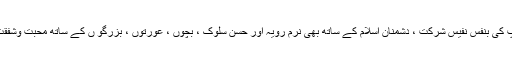
خصوصاً غزوات میں آپ کی بنفس نفیس شرکت ، دشمنان اسلام کے ساتھ بھی نرم رویہ اور حسن سلوک ، بچوں ، عورتوں ، بزرگو ں کے ساتھ محبت وشفقت اور ہمدردی کا اظہار۔